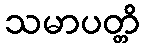
သမာပတ္တိ